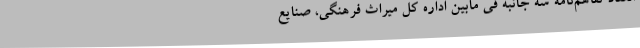
انعقاد تفاهم‌نامه‌ سه جانبه فی مابین اداره کل میراث فرهنگی، صنایع